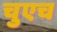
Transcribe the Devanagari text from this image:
चुएच